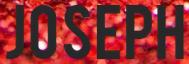
JOSEPH